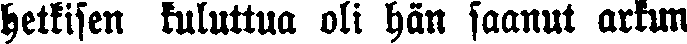
hetkisen kuluttua oli hän saanut arkun